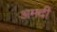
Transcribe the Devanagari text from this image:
अमदी